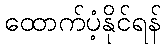
ထောက်ပံ့နိုင်ရန်